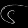
Digit: ၆